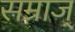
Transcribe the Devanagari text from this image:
सम्राज्